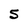
Character: 5